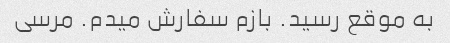
به موقع رسید. بازم سفارش میدم. مرسی